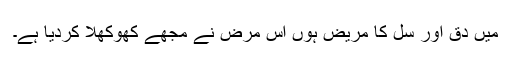
میں دِق اور سِل کا مریض ہُوں اس مرض نے مجھے کھوکھلا کردیا ہے۔